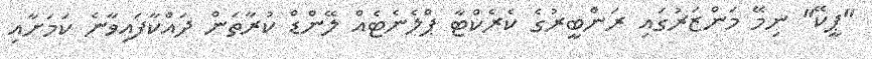
"ޕީކޭ" ނިމޭ މަންޒަރުގައި ރަންބީރުގެ ކެރެކްޓާ ޕްލެނެޓެއް ލޭންޑް ކުރާތަން ދައްކާފައިވާނެ ކަމަށާއި